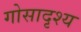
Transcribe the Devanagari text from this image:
गोसादृश्य